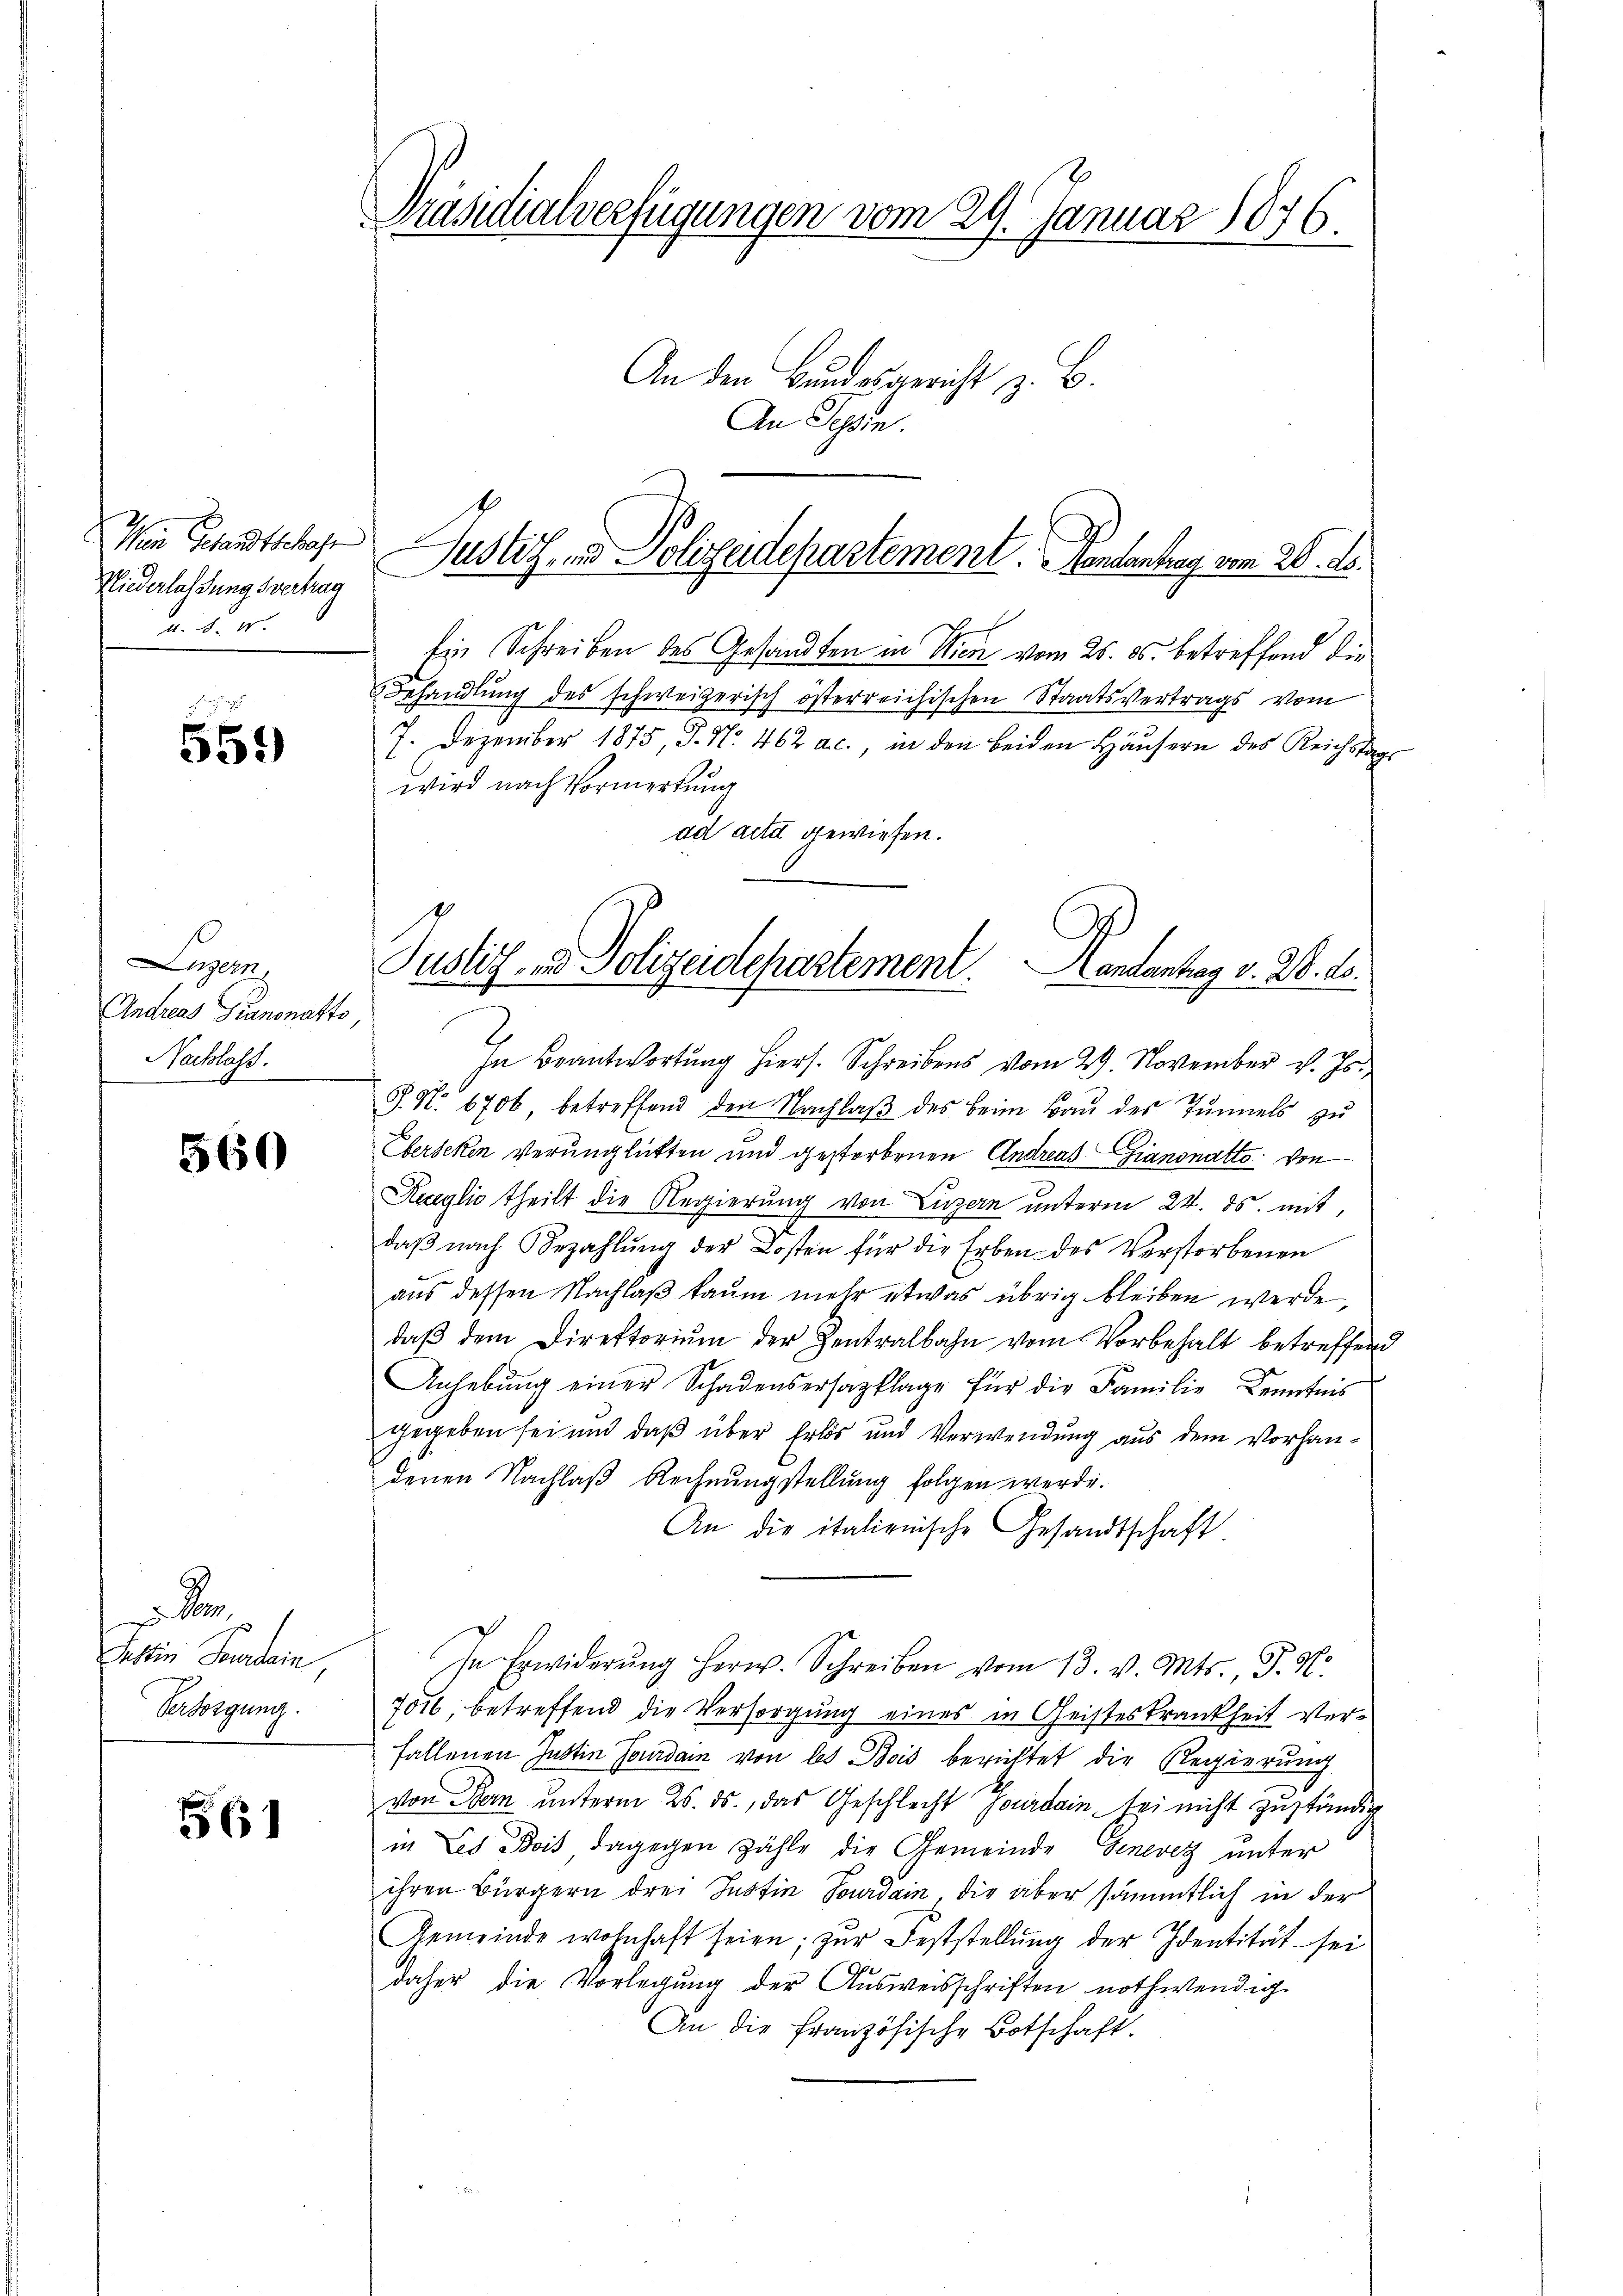
Mein Gesandtschaf
Niederlassung vertrag
A

559

Luzern
Andreas Giannatts
Nachlass.

560

Justin Feurdain
Versorgung.

561

Präsidialverfügungen vom 29. Januar 1876.

Justiz- und Polizeidepartement. Gendantrag vom 20. ds.

Justiz- & Polizeidepartement. Kontantag v. 2. 10.

An den Bundesgericht z. B.
An Schin.
Ein Schreiben des Gesandten in Wien vom 25. ds. betreffend die
Behandlung des schweizerisch österreichischen Staatsvertrags vom
7. Dezember 1875 P. Nr. 462 a. c., in den beiden Häŭsern des Reichstag
wird nach Vormerkung
ad acta gewiesen.
In Beantwortŭng hiers. Schreibens vom 29. November v. Js.
§. No 1706 betreffend den Nachlaβ des beim Bau des Tunnels zu
Eberseken verunglickten und gestorbenen Andreas Giannatto von
Kueglio theilt die Regierung von Luzern unterm 22. ds. mit,
daβ nach Bezahlŭng der Kosten für die Erben des Verstorbenen
aus dessen Nachlaß kaum mehr etwas übrig bleiben werde,
daβ dem Direktorium der Zentralbahn vom Vorbehalt betreffend
Anhebung einer Schadensersatzklage für die Familie Kenntnis
gegeben sei und daß über Erlös und Verwendung aus dem Vorhandenen Nachlaß Rechnungstellung folgen werde.
An die italienische Gesandtschaft
In Erwiderŭng herw. Schreiben vom 13. v. Mts., P. Nr.
751 betreffend die Versorgung eines in Geisteskrankheit verfallenen Justin Jourdam von les Bois berichtet die Regierung
von Bern unterm 25. ds., das Geschlecht Jourdain sei nicht zuständig
in Les doit dagegen zähle die Gemeinde Genevez unter
ihren Bürgern drei Justin Tourdain, die aber sämmtlich in der
Gemeinde wohnhaft seien; zur Feststellŭng der Identität sei
daher die Vorlegung der Ausweisschriften nothwendig
An die französische Botschaft.
i